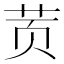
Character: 鿒